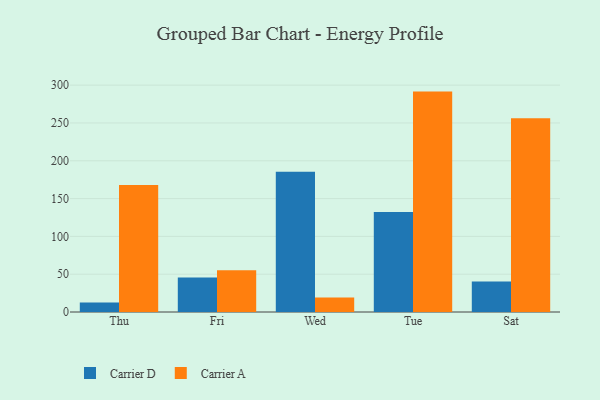
{"axis": {"x": "Day", "y": "Inventory Turnover"}, "legend": ["Carrier A", "Carrier D"], "data": [{"x": "Thu", "y": 12.5, "type": "Carrier D"}, {"x": "Thu", "y": 167.9, "type": "Carrier A"}, {"x": "Fri", "y": 45.6, "type": "Carrier D"}, {"x": "Fri", "y": 55.2, "type": "Carrier A"}, {"x": "Wed", "y": 185.4, "type": "Carrier D"}, {"x": "Wed", "y": 19.1, "type": "Carrier A"}, {"x": "Tue", "y": 132.2, "type": "Carrier D"}, {"x": "Tue", "y": 291.5, "type": "Carrier A"}, {"x": "Sat", "y": 40.2, "type": "Carrier D"}, {"x": "Sat", "y": 256.2, "type": "Carrier A"}]}